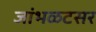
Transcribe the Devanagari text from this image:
जांभळटसर